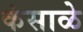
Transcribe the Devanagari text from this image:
कंसाळे